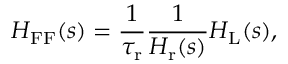
H _ { \mathrm { F F } } ( s ) = \frac { 1 } { \tau _ { \mathrm { r } } } \frac { 1 } { H _ { \mathrm { r } } ( s ) } H _ { \mathrm { L } } ( s ) ,